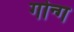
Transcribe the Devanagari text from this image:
गोन्ग